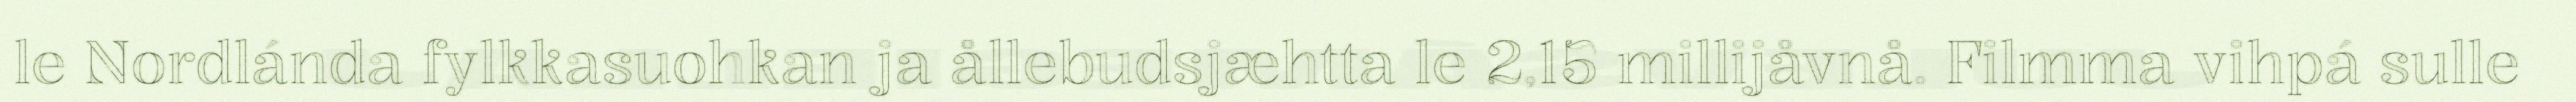
le Nordlánda fylkkasuohkan ja ållebudsjæhtta le 2,15 millijåvnå. Filmma vihpá sulle